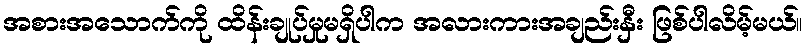
အစားအသောက်ကို ထိန်းချုပ်မှုမရှိပါက အလားကားအချည်းနှီး ဖြစ်ပါလိမ့်မယ်။